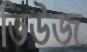
ভিউজ